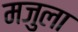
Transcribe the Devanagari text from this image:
मजुला